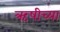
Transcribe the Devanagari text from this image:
ऋषीच्या